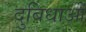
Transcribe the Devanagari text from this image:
दुबिधाओं